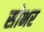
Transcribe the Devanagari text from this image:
सोभर